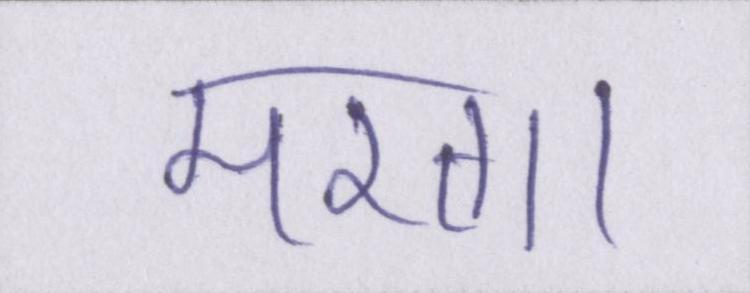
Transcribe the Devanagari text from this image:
मरता।